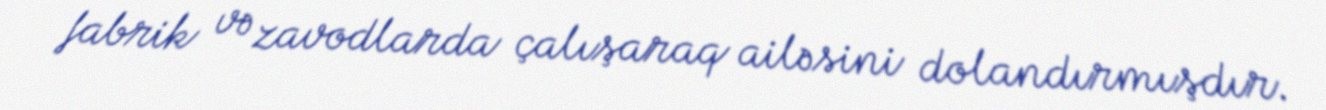
fabrik və zavodlarda çalışaraq ailəsini dolandırmışdır.